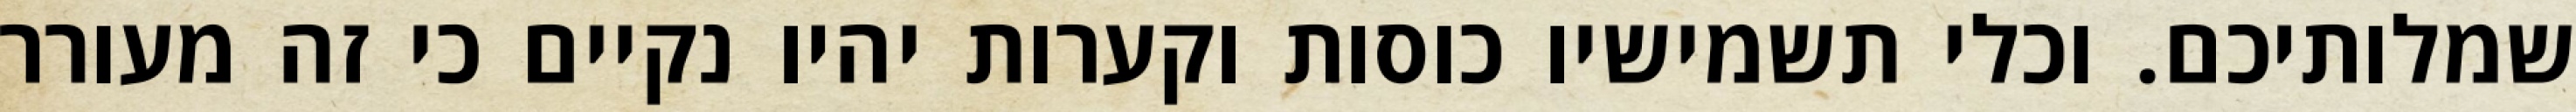
שמלותיכם. וכלי תשמישיו כוסות וקערות יהיו נקיים כי זה מעורר